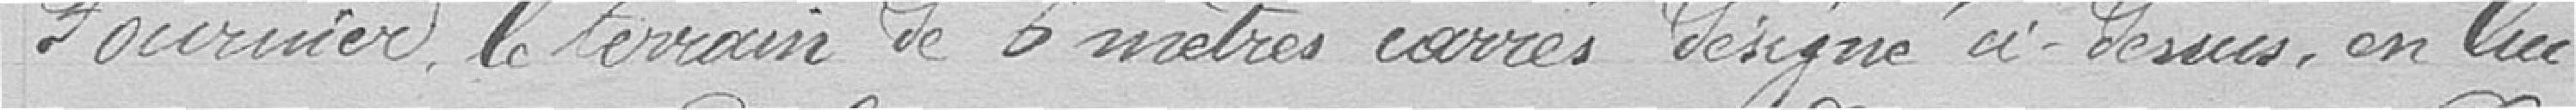
Fournier, le terrain de 6 mètres carrés désignés ci-dessus, en lui